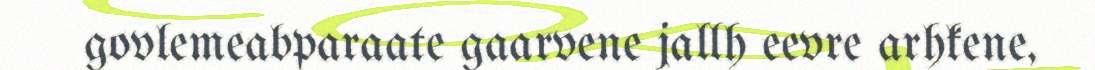
govlemeabparaate gaarvene jallh eevre arhkene,